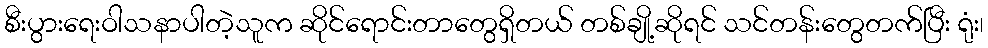
စီးပွားရေးဝါသနာပါတဲ့သူက ဆိုင်ရောင်းတာတွေရှိတယ် တစ်ချို့ဆိုရင် သင်တန်းတွေတက်ပြီး ရုံး၊